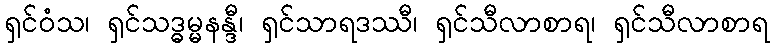
ရှင်ဝံသ၊ ရှင်သဒ္ဓမ္မနန္ဒီ၊ ရှင်သာရဒဿီ၊ ရှင်သီလာစာရ၊ ရှင်သီလာစာရ